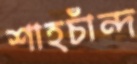
শাহচাঁন্দ